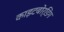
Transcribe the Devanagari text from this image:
काइटबोर्डिंग